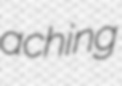
aching